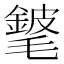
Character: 𨪅